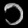
Digit: ၁